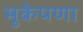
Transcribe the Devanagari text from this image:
मुकेपणा